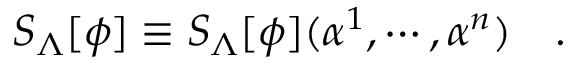
S _ { \Lambda } [ \phi ] \equiv S _ { \Lambda } [ \phi ] ( \alpha ^ { 1 } , \cdots , \alpha ^ { n } ) \quad .